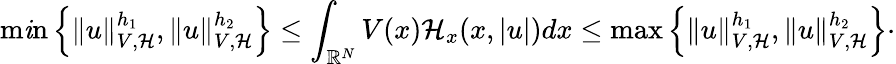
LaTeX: \operatorname*{m\mathit{i}n}\left\lbrace\| u\| _{V,\mathcal{{H}}}^{h_{1}},\| u\| _{V,\mathcal{{H}}}^{h_{2}}\right\rbrace\leq\int_{{\mathbb{R}}^{N}}V(x)\mathcal{{H}}_{x}(x,|u|)dx\leq\operatorname*{max}\left\lbrace\| u\| _{V,\mathcal{{H}}}^{h_{1}},\| u\| _{V,\mathcal{{H}}}^{h_{2}}\right\rbrace\cdot